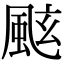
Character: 𩗁